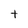
Character: t